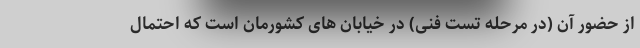
از حضور آن (در مرحله تست فنی) در خیابان های کشورمان است که احتمال